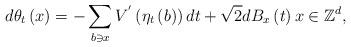
LaTeX: \begin{align*}d\theta _{t}\left( x\right) =-\sum_{b\ni x}V^{^{\prime }}\left( \eta_{t}\left( b\right) \right) dt+\sqrt{2}dB_{x}\left( t\right) x\in \mathbb{Z}^{d}, \end{align*}